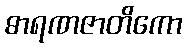
ဓာရဏဇာတိကော